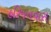
હરિજનવાસ